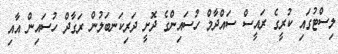
ލިސްޓުގައި ކުރީގެ ރައީސް ސައްދާމް ހުސައިންގެ ދޮށީ ދަރިކަނބަލުން ރަގާދް ހުސައިން އާއި